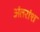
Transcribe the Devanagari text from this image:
अंतरांश